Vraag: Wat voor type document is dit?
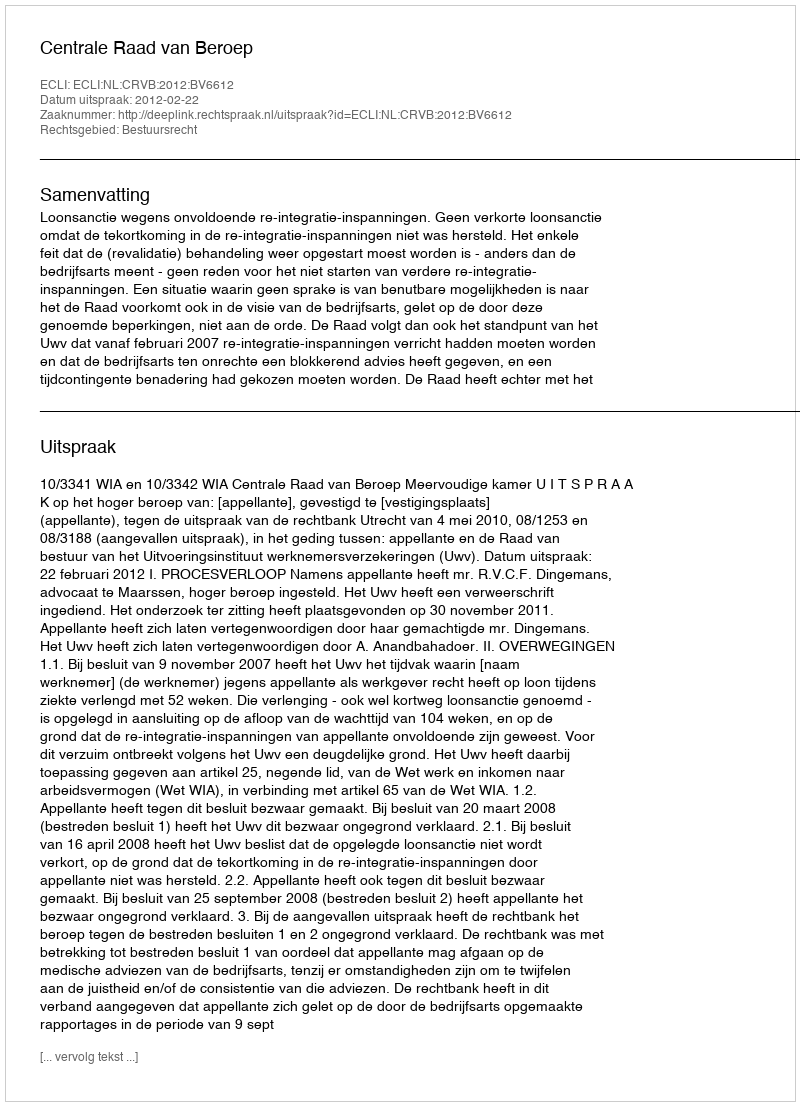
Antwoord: Uitspraak